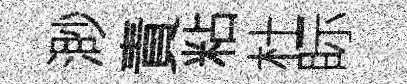
渺責粘杜眎